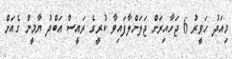
މިއަދު ހަވީރު 6 ޖަހާއިރަށް ޖަލަށްލާފައިވާ ކުރީގެ ރައީސް އަބްދު ޔާމީން ގެއަށް